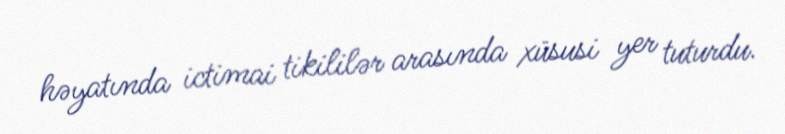
həyatında ictimai tikililər arasında xüsusi yer tuturdu.